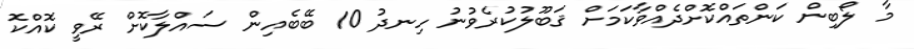
މާ ލޯބިން ކަންތައްކޮށްދެއްވާކަމަށް ޤަބޫލުކުރެވުނު ހިނދު 10 ބޭބެއިން ސައްލާކޮށް ރޭވީ ކޮއްކޮ